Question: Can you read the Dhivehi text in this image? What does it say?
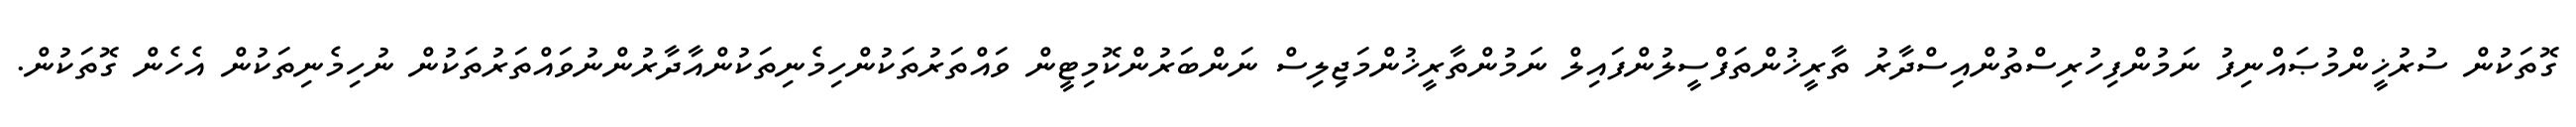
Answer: ގޮތަކުން ސުރުޚީންމުޞައްނިފު ނަމުންފިހުރިސްތުންއިސްދާރު ތާރީޚުންތަފްސީލުންފައިލް ނަމުންތާރީޚުންމަޖިލިސް ނަންބަރުންކޮމިޓީން ވައްތަރުތަކުންހިމެނިތަކުންއާދާރުންނުވައްތަރުތަކުން ނުހިމެނިތަކުން އެހެން ގޮތަކުން.